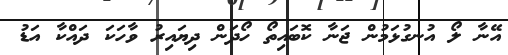
އޭނާ ލޯ އުނގުޅަމުން ޖަނާ ކޮބައިތޯ ހޯދަން ދިޔައިރު ވާހަކަ ދައްކާ އަޑު